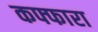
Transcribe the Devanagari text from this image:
कफ्फारा